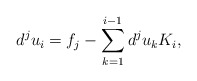
\begin{align*}d^j u_i = f_j - \sum_{k=1}^{i-1} d^j u_k K_i,\end{align*}